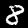
Label: 8